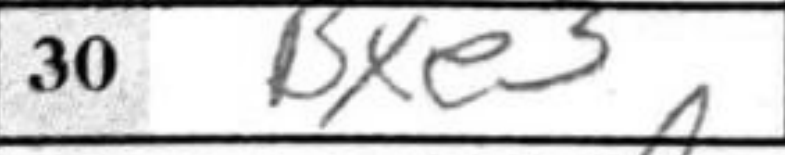
Transcription: Bxe3